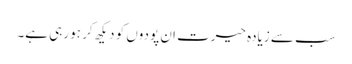
سب سے زیادہ حیرت ان پودوں کو دیکھ کر ہو رہی ہے۔